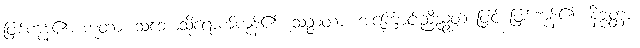
ဖြစ်ကုန်၏။ ဘူတာ၊ သဘောသို့ရောက်ကုန်၏။ သဉ္ဇာတာ၊ အကြောင်းညီညွတ် ဖြင့် ဖြစ်ကုန်၏။ နိဗ္ဗတ္တာ၊